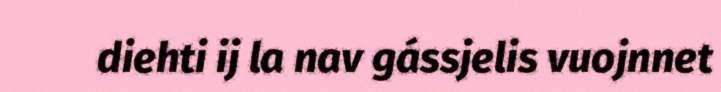
diehti ij la nav gássjelis vuojnnet